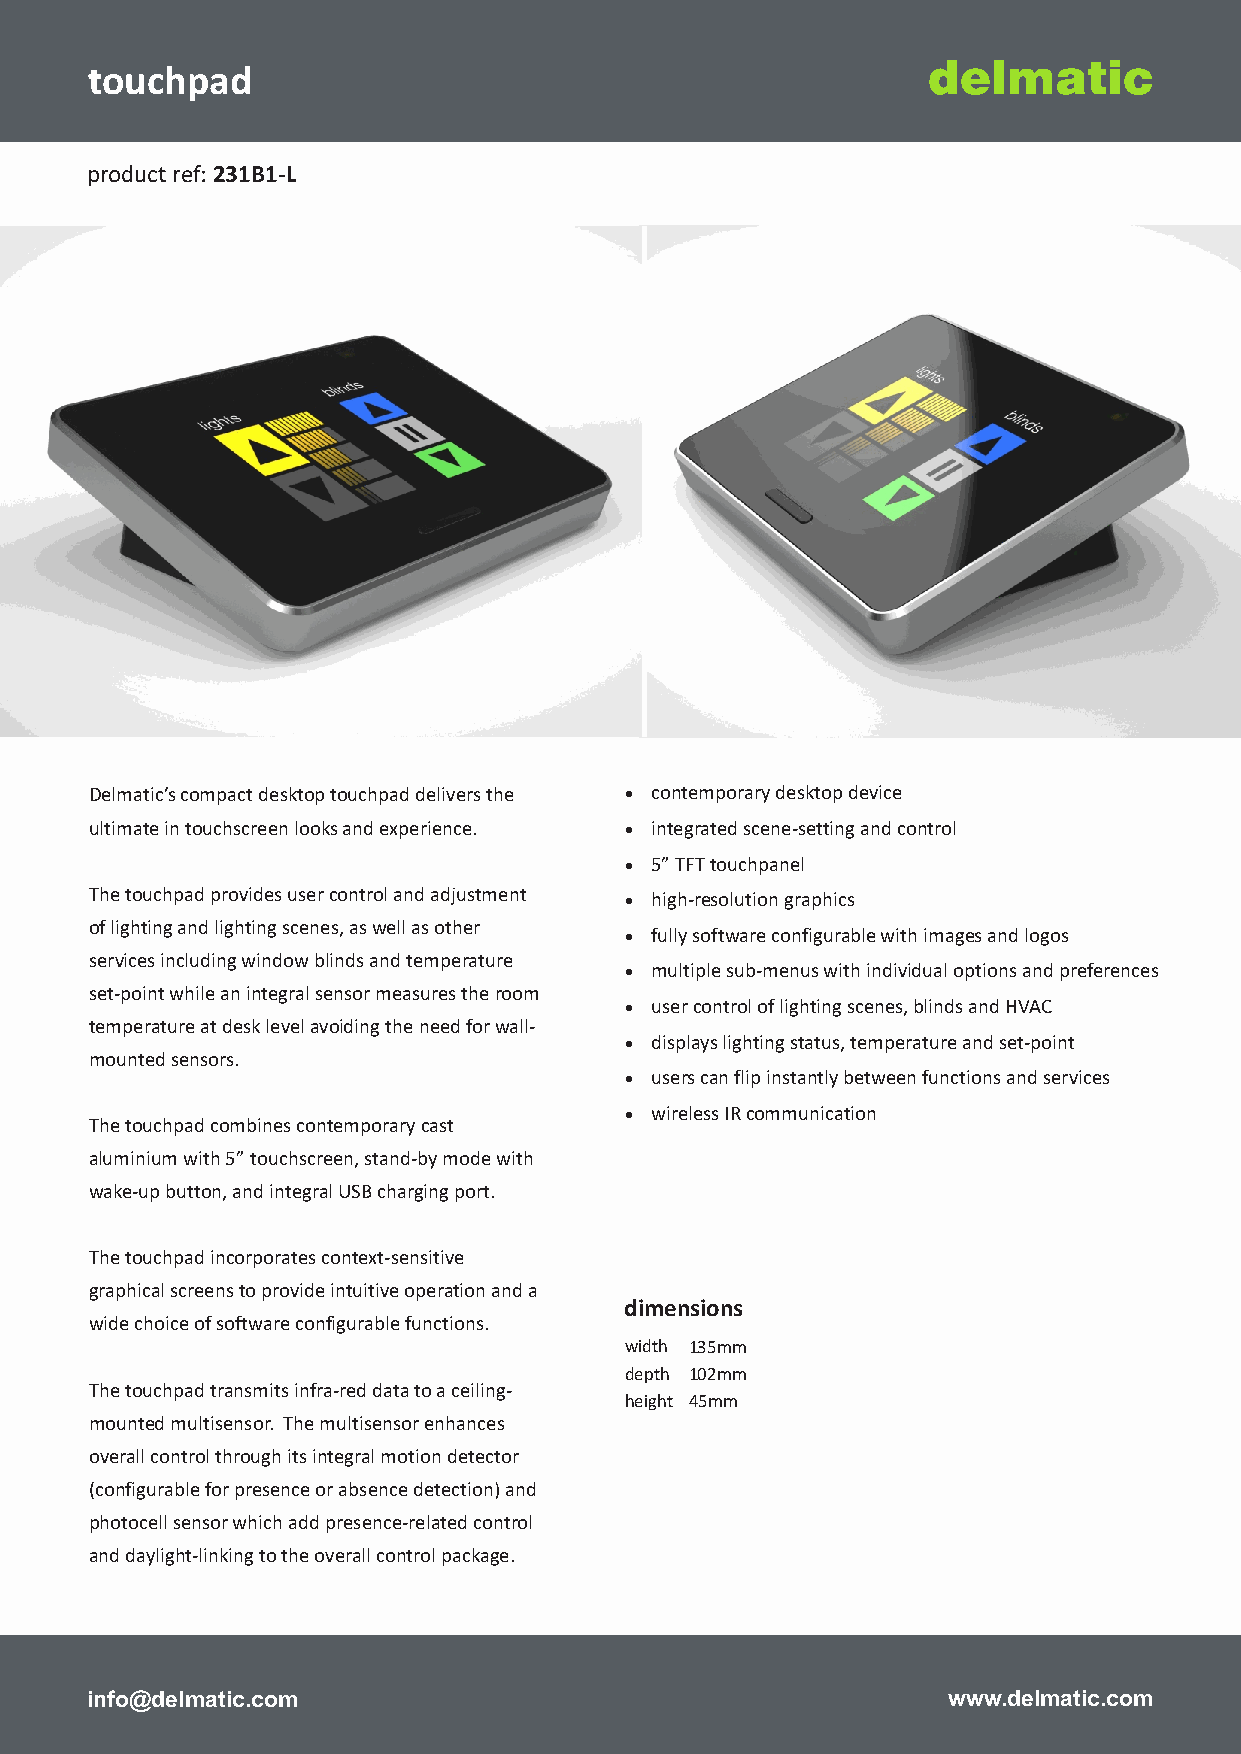
touchpad
 delmatic.com
 touchpad                                               delmatic
 product ref: 231B1-L
 Delmatic’s compact desktop touchpad delivers the · contemporary desktop device
 ultimate in touchscreen looks and experience. · integrated scene-setting and control
 · 5” TFT touchpanel
 The touchpad provides user control and adjustment · high-resolution graphics
 of lighting and lighting scenes, as well as other
 · fully software configurable with images and logos
 services including window blinds and temperature
 · multiple sub-menus with individual options and preferences
 set-point while an integral sensor measures the room
 · user control of lighting scenes, blinds and HVAC
 temperature at desk level avoiding the need for wall-
 · displays lighting status, temperature and set-point
 mounted sensors.
 · users can flip instantly between functions and services
 · wireless IR communication
 The touchpad combines contemporary cast
 aluminium with 5” touchscreen, stand-by mode with
 wake-up button, and integral USB charging port.
 The touchpad incorporates context-sensitive
 graphical screens to provide intuitive operation and a
 dimensions
 wide choice of software configurable functions.
 width 135mm
 depth 102mm
 The touchpad transmits infra-red data to a ceiling-
 height 45mm
 mounted multisensor. The multisensor enhances
 overall control through its integral motion detector
 (configurable for presence or absence detection) and
 photocell sensor which add presence-related control
 and daylight-linking to the overall control package.
 delmatic      London, UK  Abu Dhabi, UAE Dubai, UAE Doha, Qatar Riyadh, Saudi Arabia
 info@delmatic.c+o4m4 (0) 20 3184 2000 +971 (0) 2 555 6590 +971 (0) 4 256 6722 +974 4452 8226 www.d+e96lm6 (0a)1ti 2c1.1c 8o17m0
 delmatic@delmatic.com sales@delmaticarabia.ae sales@delmaticarabia.ae sales@delmaticqatar.com sales@delmaticsaudi.com